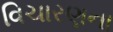
વિચારણના